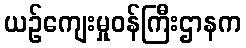
ယဉ်ကျေးမှုဝန်ကြီးဌာနက